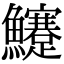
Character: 𩽜